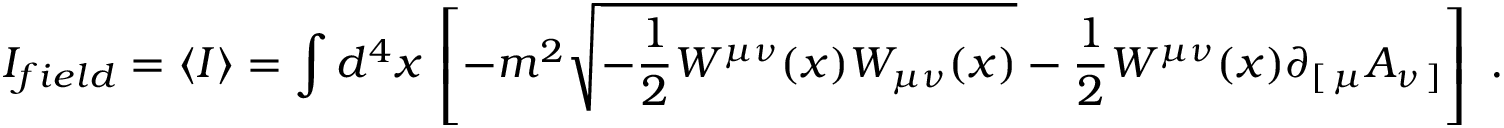
I _ { f i e l d } = \langle I \rangle = \int d ^ { 4 } x \, \left[ - m ^ { 2 } \sqrt { - { \frac { 1 } { 2 } } W ^ { \mu \nu } ( x ) W _ { \mu \nu } ( x ) } - { \frac { 1 } { 2 } } W ^ { \mu \nu } ( x ) \partial _ { [ \, \mu } A _ { \nu \, ] } \right] \ .